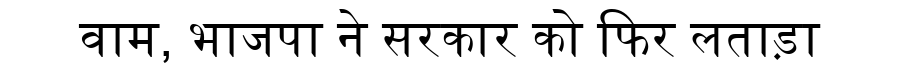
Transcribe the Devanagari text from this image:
वाम, भाजपा ने सरकार को फिर लताड़ा